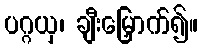
ပဂ္ဂယှ၊ ချီးမြှောက်၍။